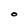
Character: O